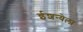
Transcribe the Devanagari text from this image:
ईशन्येला